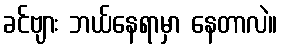
ခင်ဗျား ဘယ်နေရာမှာ နေတာလဲ။